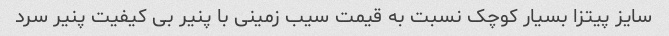
سایز پیتزا بسیار کوچک نسبت به قیمت سیب زمینی با پنیر بی کیفیت پنیر سرد